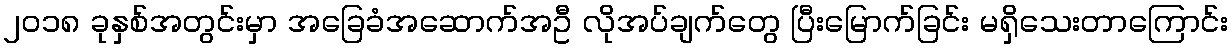
၂၀၁၈ ခုနှစ်အတွင်းမှာ အခြေခံအဆောက်အဦ လိုအပ်ချက်တွေ ပြီးမြောက်ခြင်း မရှိသေးတာကြောင်း